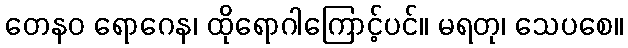
တေနဝ ရောဂေန၊ ထိုရောဂါကြောင့်ပင်။ မရတု၊ သေပစေ။